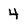
Character: 4